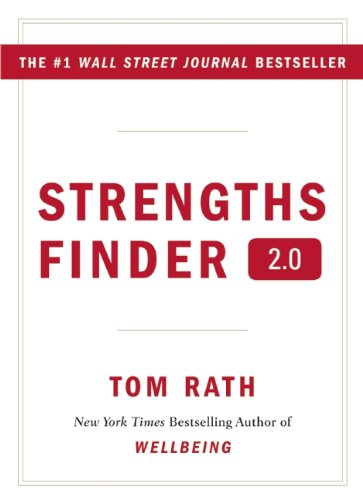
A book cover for StrengthsFinder 2.0; Tom Rath; Health, Fitness & Dieting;